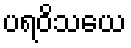
ပရဝိသယေ